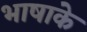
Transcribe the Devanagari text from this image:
भाषाके